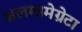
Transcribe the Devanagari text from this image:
अलमामेग्रेटा